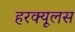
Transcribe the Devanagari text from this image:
हरक्‍यूलस